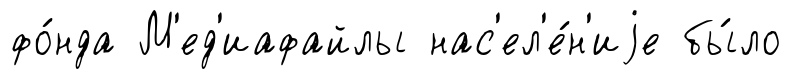
фо́нда М'ед'иафайлы нас'ел'е́н'иjе бы́ло